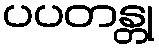
ပပတန္တု